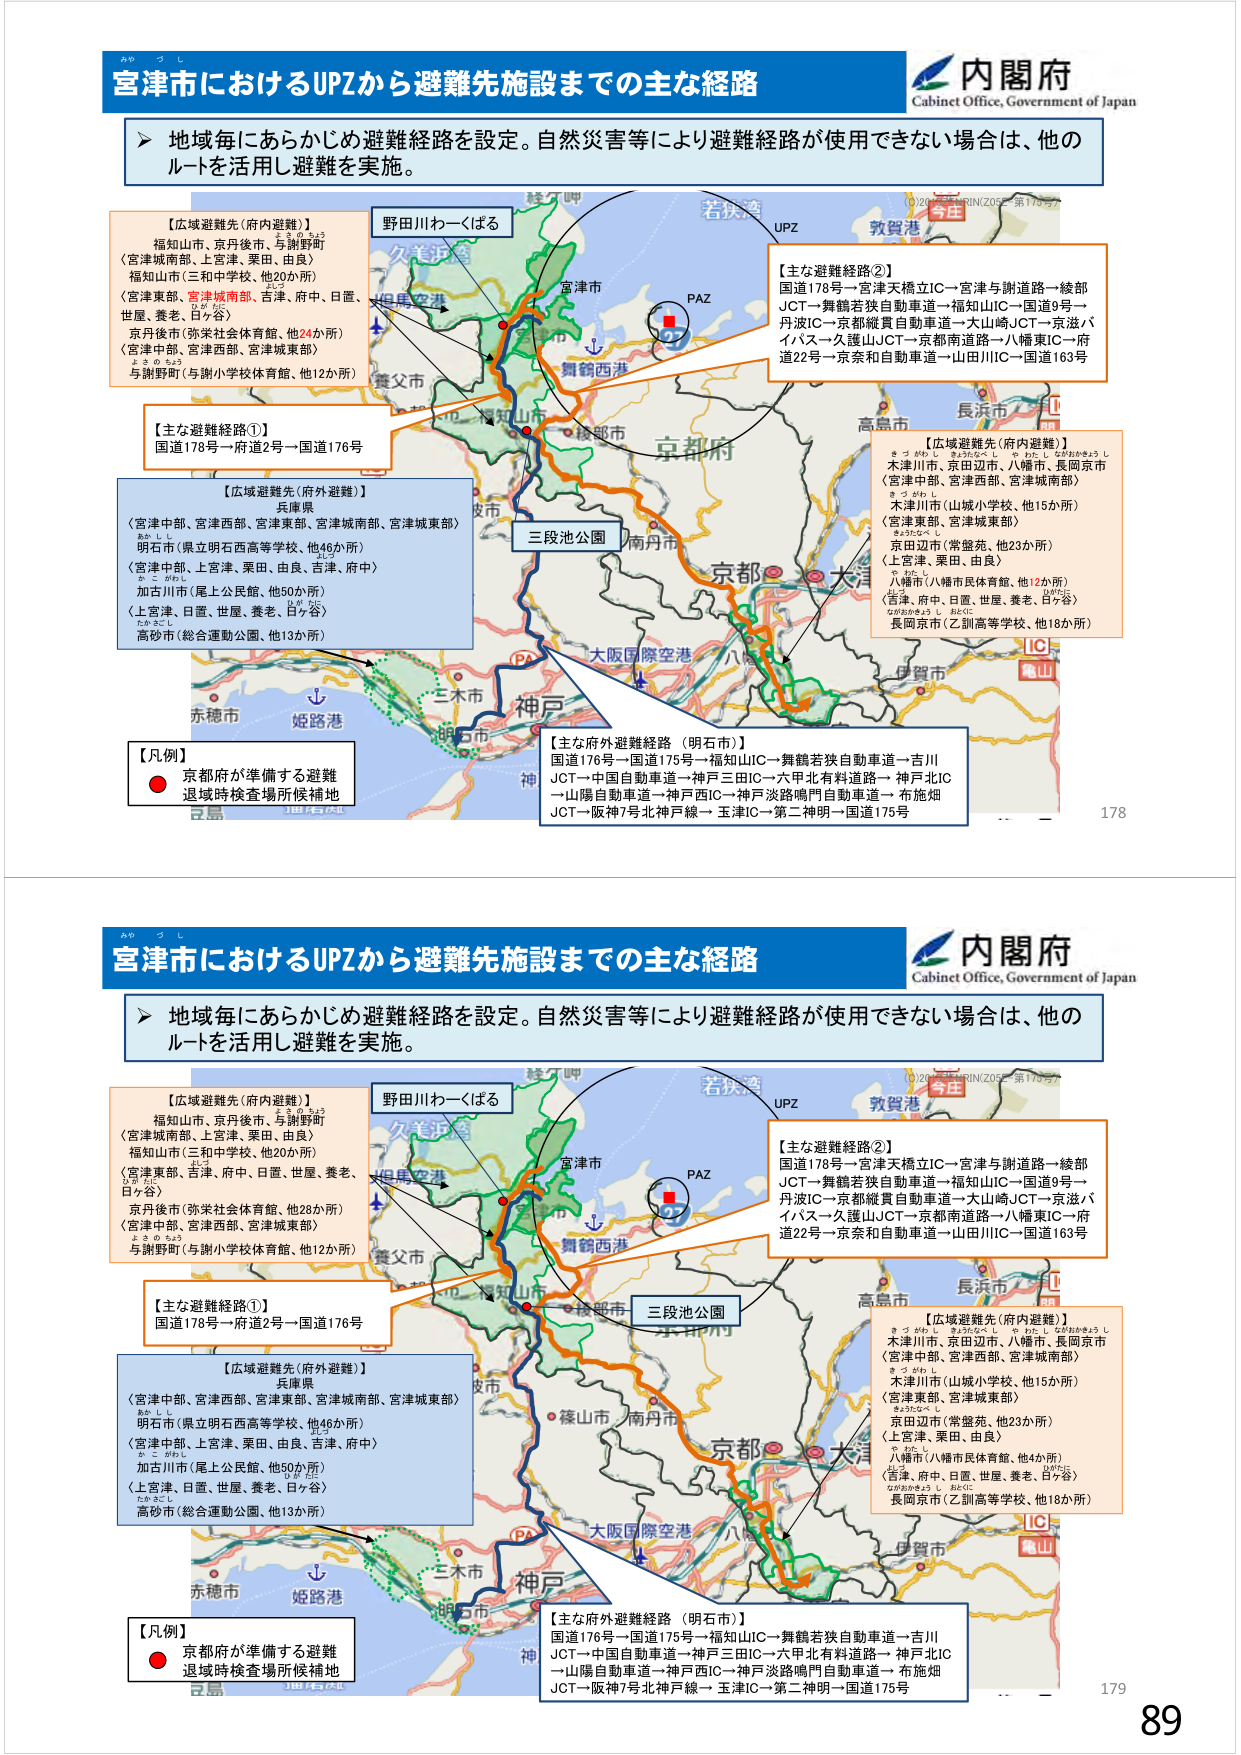
宮津市におけるUPZから避難先施設までの主な経路
内閣府
Cabinet Office, Government of Japan

▶ 地域毎にあらかじめ避難経路を設定。自然災害等により避難経路が使用できない場合は、他のルートを活用し避難を実施。

【広域避難先（府内避難）】
福知山市、京丹後市、与謝野町
（宮津城南部、上宮津、栗田、由良）
福知山市（三和中学校、他20か所）
（宮津東部、宮津城南部、吉津、府中、日置、世屋、養老、日ヶ谷）
京丹後市（弥栄社会体育館、他24か所）
（宮津中部、宮津西部、宮津城東部）
与謝野町（与謝小学校体育館、他12か所）

【主な避難経路①】
国道178号→府道2号→国道176号

【広域避難先（府外避難）】
兵庫県
（宮津中部、宮津西部、宮津東部、宮津城南部、宮津城東部）
明石市（県立明石西高等学校、他46か所）
（宮津中部、上宮津、栗田、由良、吉津、府中）
加古川市（尾上公民館、他50か所）
（上宮津、日置、世屋、養老、日ヶ谷）
高砂市（総合運動公園、他13か所）

【凡例】
● 京都府が準備する避難
退避時検査場所候補地

【主な避難経路②】
国道178号→宮津天橋立IC→宮津与謝道路→綾部JCT→舞鶴若狭自動車道→福知山IC→国道9号→丹波IC→京都縦貫自動車道→大山崎JCT→京滋バイパス→久謹山JCT→京都南道路→八幡東IC→府道22号→京奈和自動車道→山田川IC→国道163号

【広域避難先（府内避難）】
木津川市、京田辺市、八幡市、長岡京市
（宮津中部、宮津西部、宮津城南部）
木津川市（山城小学校、他15か所）
（宮津東部、宮津城東部）
京田辺市（常盤苑、他23か所）
（上宮津、栗田、由良）
八幡市（八幡市民体育館、他12か所）
（宮津、府中、日置、世屋、養老、日ヶ谷）
長岡京市（乙訓高等学校、他18か所）

【主な府外避難経路（明石市）】
国道176号→国道175号→福知山IC→舞鶴若狭自動車道→吉川JCT→中国自動車道→神戸三田IC→六甲北有料道路→神戸北IC→山陽自動車道→神戸西IC→神戸淡路鳴門自動車道→布施畑JCT→阪神7号北神戸線→玉津IC→第二神明→国道175号

野田川わーくばる
久美浜港
但馬空港
舞鶴西港
三段池公園
大阪国際空港
姫路港
若狭湾
敦賀港
UPZ
PAZ
京都市
南丹市
綾部市
福知山市
宮津市
舞鶴市
伊賀市
高島市
長浜市
神戸
三木市
赤穂市
兵庫県
京都府
大津
滋賀県
（2017年3月1日現在）
178

宮津市におけるUPZから避難先施設までの主な経路
内閣府
Cabinet Office, Government of Japan

▶ 地域毎にあらかじめ避難経路を設定。自然災害等により避難経路が使用できない場合は、他のルートを活用し避難を実施。

【広域避難先（府内避難）】
福知山市、京丹後市、与謝野町
（宮津城南部、上宮津、栗田、由良）
福知山市（三和中学校、他20か所）
（宮津東部、宮津城南部、吉津、府中、日置、世屋、養老、日ヶ谷）
京丹後市（弥栄社会体育館、他28か所）
（宮津中部、宮津西部、宮津城東部）
与謝野町（与謝小学校体育館、他12か所）

【主な避難経路①】
国道178号→府道2号→国道176号

【広域避難先（府外避難）】
兵庫県
（宮津中部、宮津西部、宮津東部、宮津城南部、宮津城東部）
明石市（県立明石西高等学校、他46か所）
（宮津中部、上宮津、栗田、由良、吉津、府中）
加古川市（尾上公民館、他50か所）
（上宮津、日置、世屋、養老、日ヶ谷）
高砂市（総合運動公園、他13か所）

【凡例】
● 京都府が準備する避難
退避時検査場所候補地

【主な避難経路②】
国道178号→宮津天橋立IC→宮津与謝道路→綾部JCT→舞鶴若狭自動車道→福知山IC→国道9号→丹波IC→京都縦貫自動車道→大山崎JCT→京滋バイパス→久謹山JCT→京都南道路→八幡東IC→府道22号→京奈和自動車道→山田川IC→国道163号

【広域避難先（府内避難）】
木津川市、京田辺市、八幡市、長岡京市
（宮津中部、宮津西部、宮津城南部）
木津川市（山城小学校、他15か所）
（宮津東部、宮津城東部）
京田辺市（常盤苑、他23か所）
（上宮津、栗田、由良）
八幡市（八幡市民体育館、他4か所）
（宮津、府中、日置、世屋、養老、日ヶ谷）
長岡京市（乙訓高等学校、他18か所）

【主な府外避難経路（明石市）】
国道176号→国道175号→福知山IC→舞鶴若狭自動車道→吉川JCT→中国自動車道→神戸三田IC→六甲北有料道路→神戸北IC→山陽自動車道→神戸西IC→神戸淡路鳴門自動車道→布施畑JCT→阪神7号北神戸線→玉津IC→第二神明→国道175号

野田川わーくばる
久美浜港
但馬空港
舞鶴西港
三段池公園
大阪国際空港
姫路港
若狭湾
敦賀港
UPZ
PAZ
京都市
南丹市
綾部市
福知山市
宮津市
舞鶴市
伊賀市
高島市
長浜市
神戸
三木市
赤穂市
兵庫県
京都府
大津
滋賀県
（2017年3月1日現在）
179
89